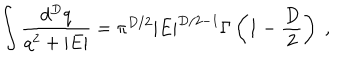
\int \frac { d ^ { { D } } q } { q ^ { 2 } + | E | } = \pi ^ { { D } / 2 } | E | ^ { { D } / 2 - 1 } \Gamma \left( 1 - \frac { D } { 2 } \right) \; ,